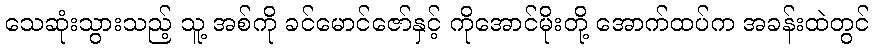
သေဆုံးသွားသည့် သူ့ အစ်ကို ခင်မောင်ဇော်နှင့် ကိုအောင်မိုးတို့ အောက်ထပ်က အခန်းထဲတွင်